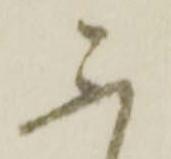
不